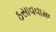
ઠસાવવામા